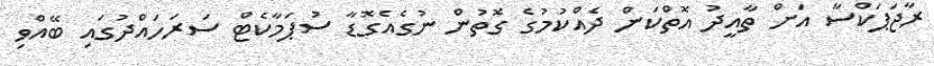
ރާޖަޕަކްސާ އަށް ތާއީދު އޮތްކަން ދެއްކުމުގެ ގޮތުން ނުގެއެގޮޑާ ސުޕަމާކެޓް ސަރަހައްދުގައި ބޭއްވި